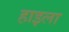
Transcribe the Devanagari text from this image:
हाइला